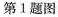
第1题图